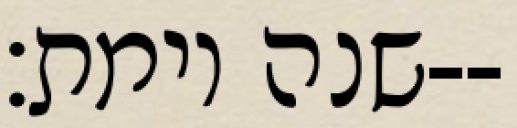
שנה וימת׃--